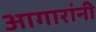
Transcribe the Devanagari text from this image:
आगारांनी